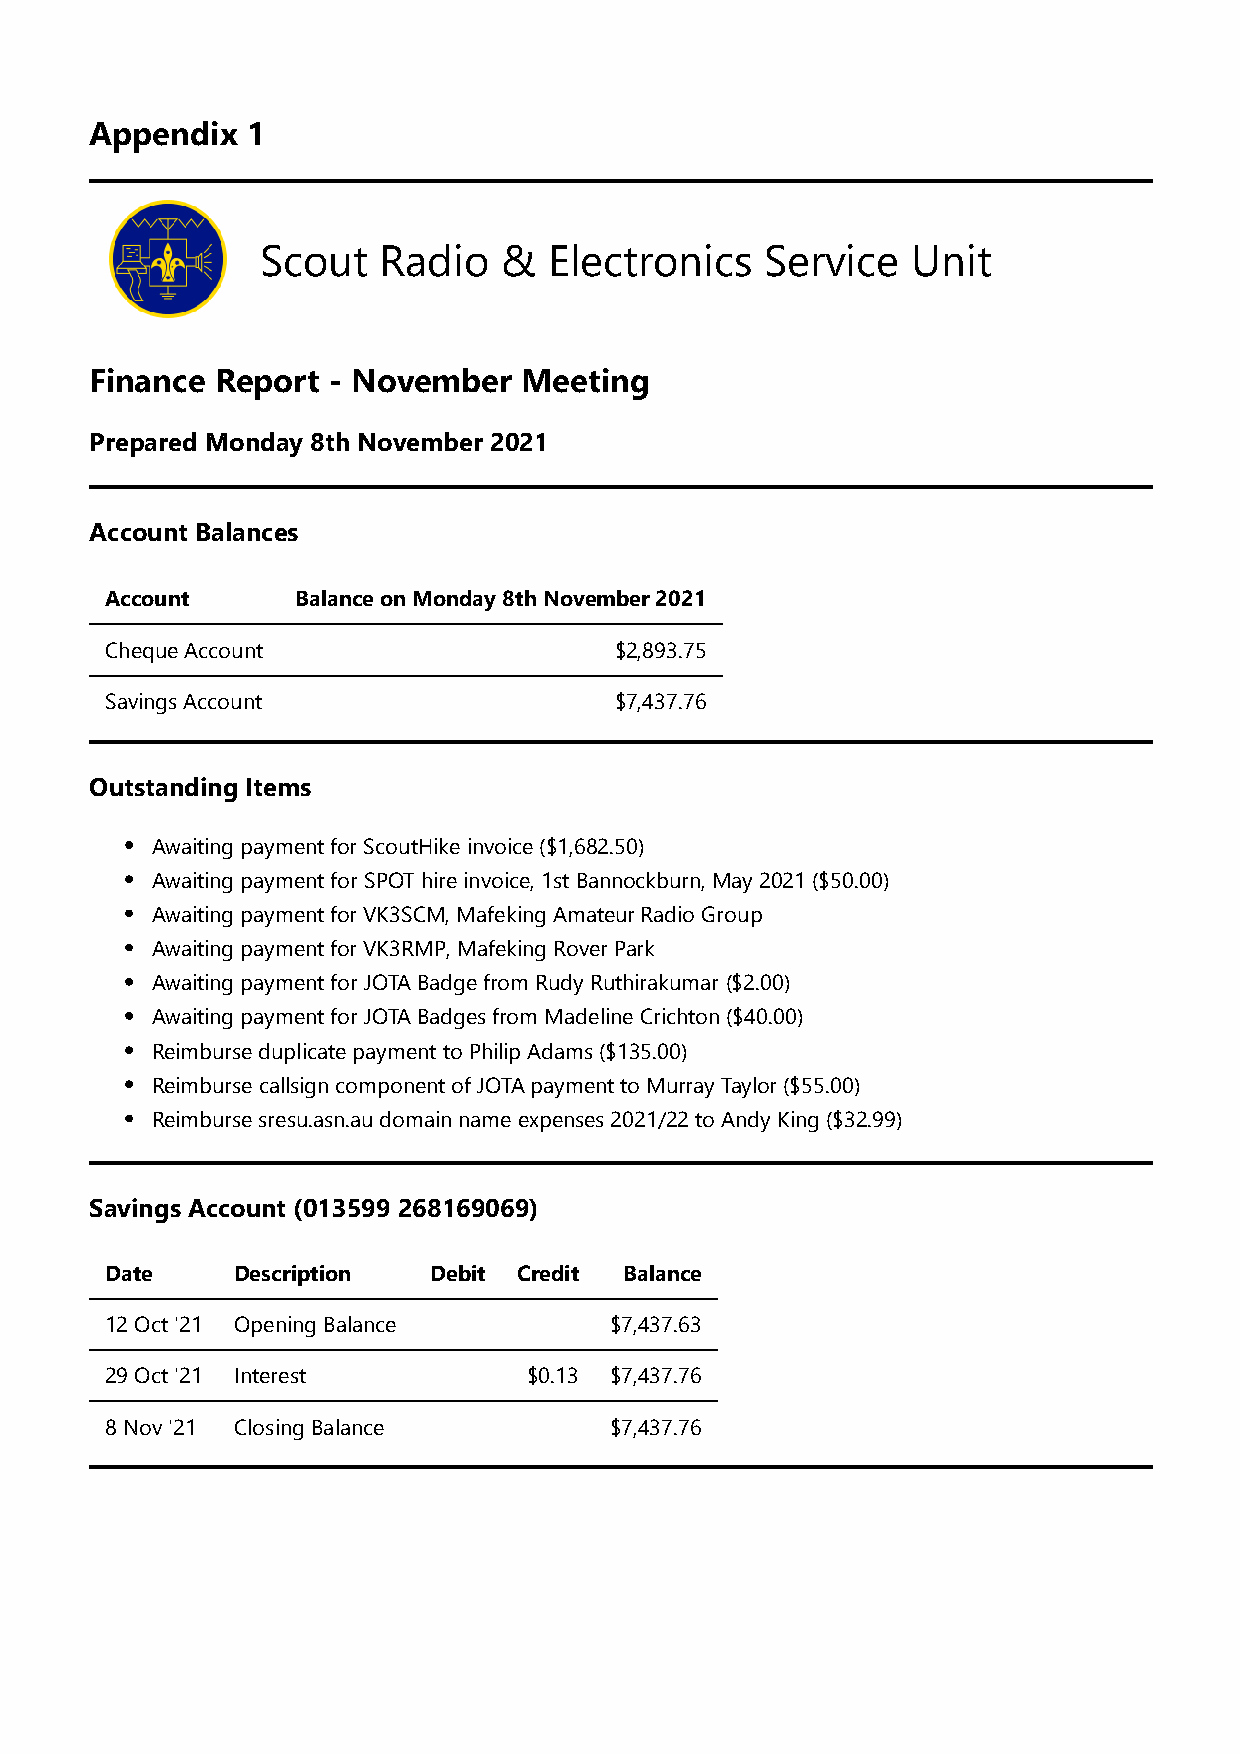
Appendix  1
 Scout   Radio   &  Electronics    Service  Unit
 Finance Report  - November   Meeting
 Prepared Monday 8th November 2021
 Account Balances
 Account      Balance on Monday 8th November 2021
 Cheque Account                    $2,893.75
 Savings Account                   $7,437.76
 Outstanding Items
 Awaiting payment for ScoutHike invoice ($1,682.50)
 Awaiting payment for SPOT hire invoice, 1st Bannockburn, May 2021 ($50.00)
 Awaiting payment for VK3SCM, Mafeking Amateur Radio Group
 Awaiting payment for VK3RMP, Mafeking Rover Park
 Awaiting payment for JOTA Badge from Rudy Ruthirakumar ($2.00)
 Awaiting payment for JOTA Badges from Madeline Crichton ($40.00)
 Reimburse duplicate payment to Philip Adams ($135.00)
 Reimburse callsign component of JOTA payment to Murray Taylor ($55.00)
 Reimburse sresu.asn.au domain name expenses 2021/22 to Andy King ($32.99)
 Savings Account (013599 268169069)
 Date    Description  Debit Credit Balance
 12 Oct '21 Opening Balance       $7,437.63
 29 Oct '21 Interest         $0.13 $7,437.76
 8 Nov '21 Closing Balance        $7,437.76